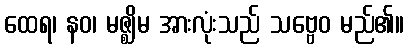
ထေရ၊ နဝ၊ မဇ္ဈိမ အားလုံးသည် သဗ္ဗေဝ မည်၏။